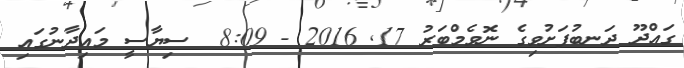
ގައްދޫ ދަނބުފަށުވިގެ ނޮވެމްބަރު 17